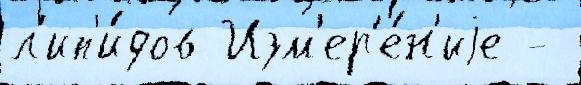
л'ип'и́дов Изм'ер'е́н'иjе -